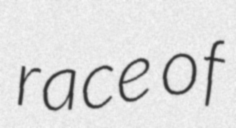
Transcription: race of